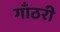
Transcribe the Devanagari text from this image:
गाँठरी